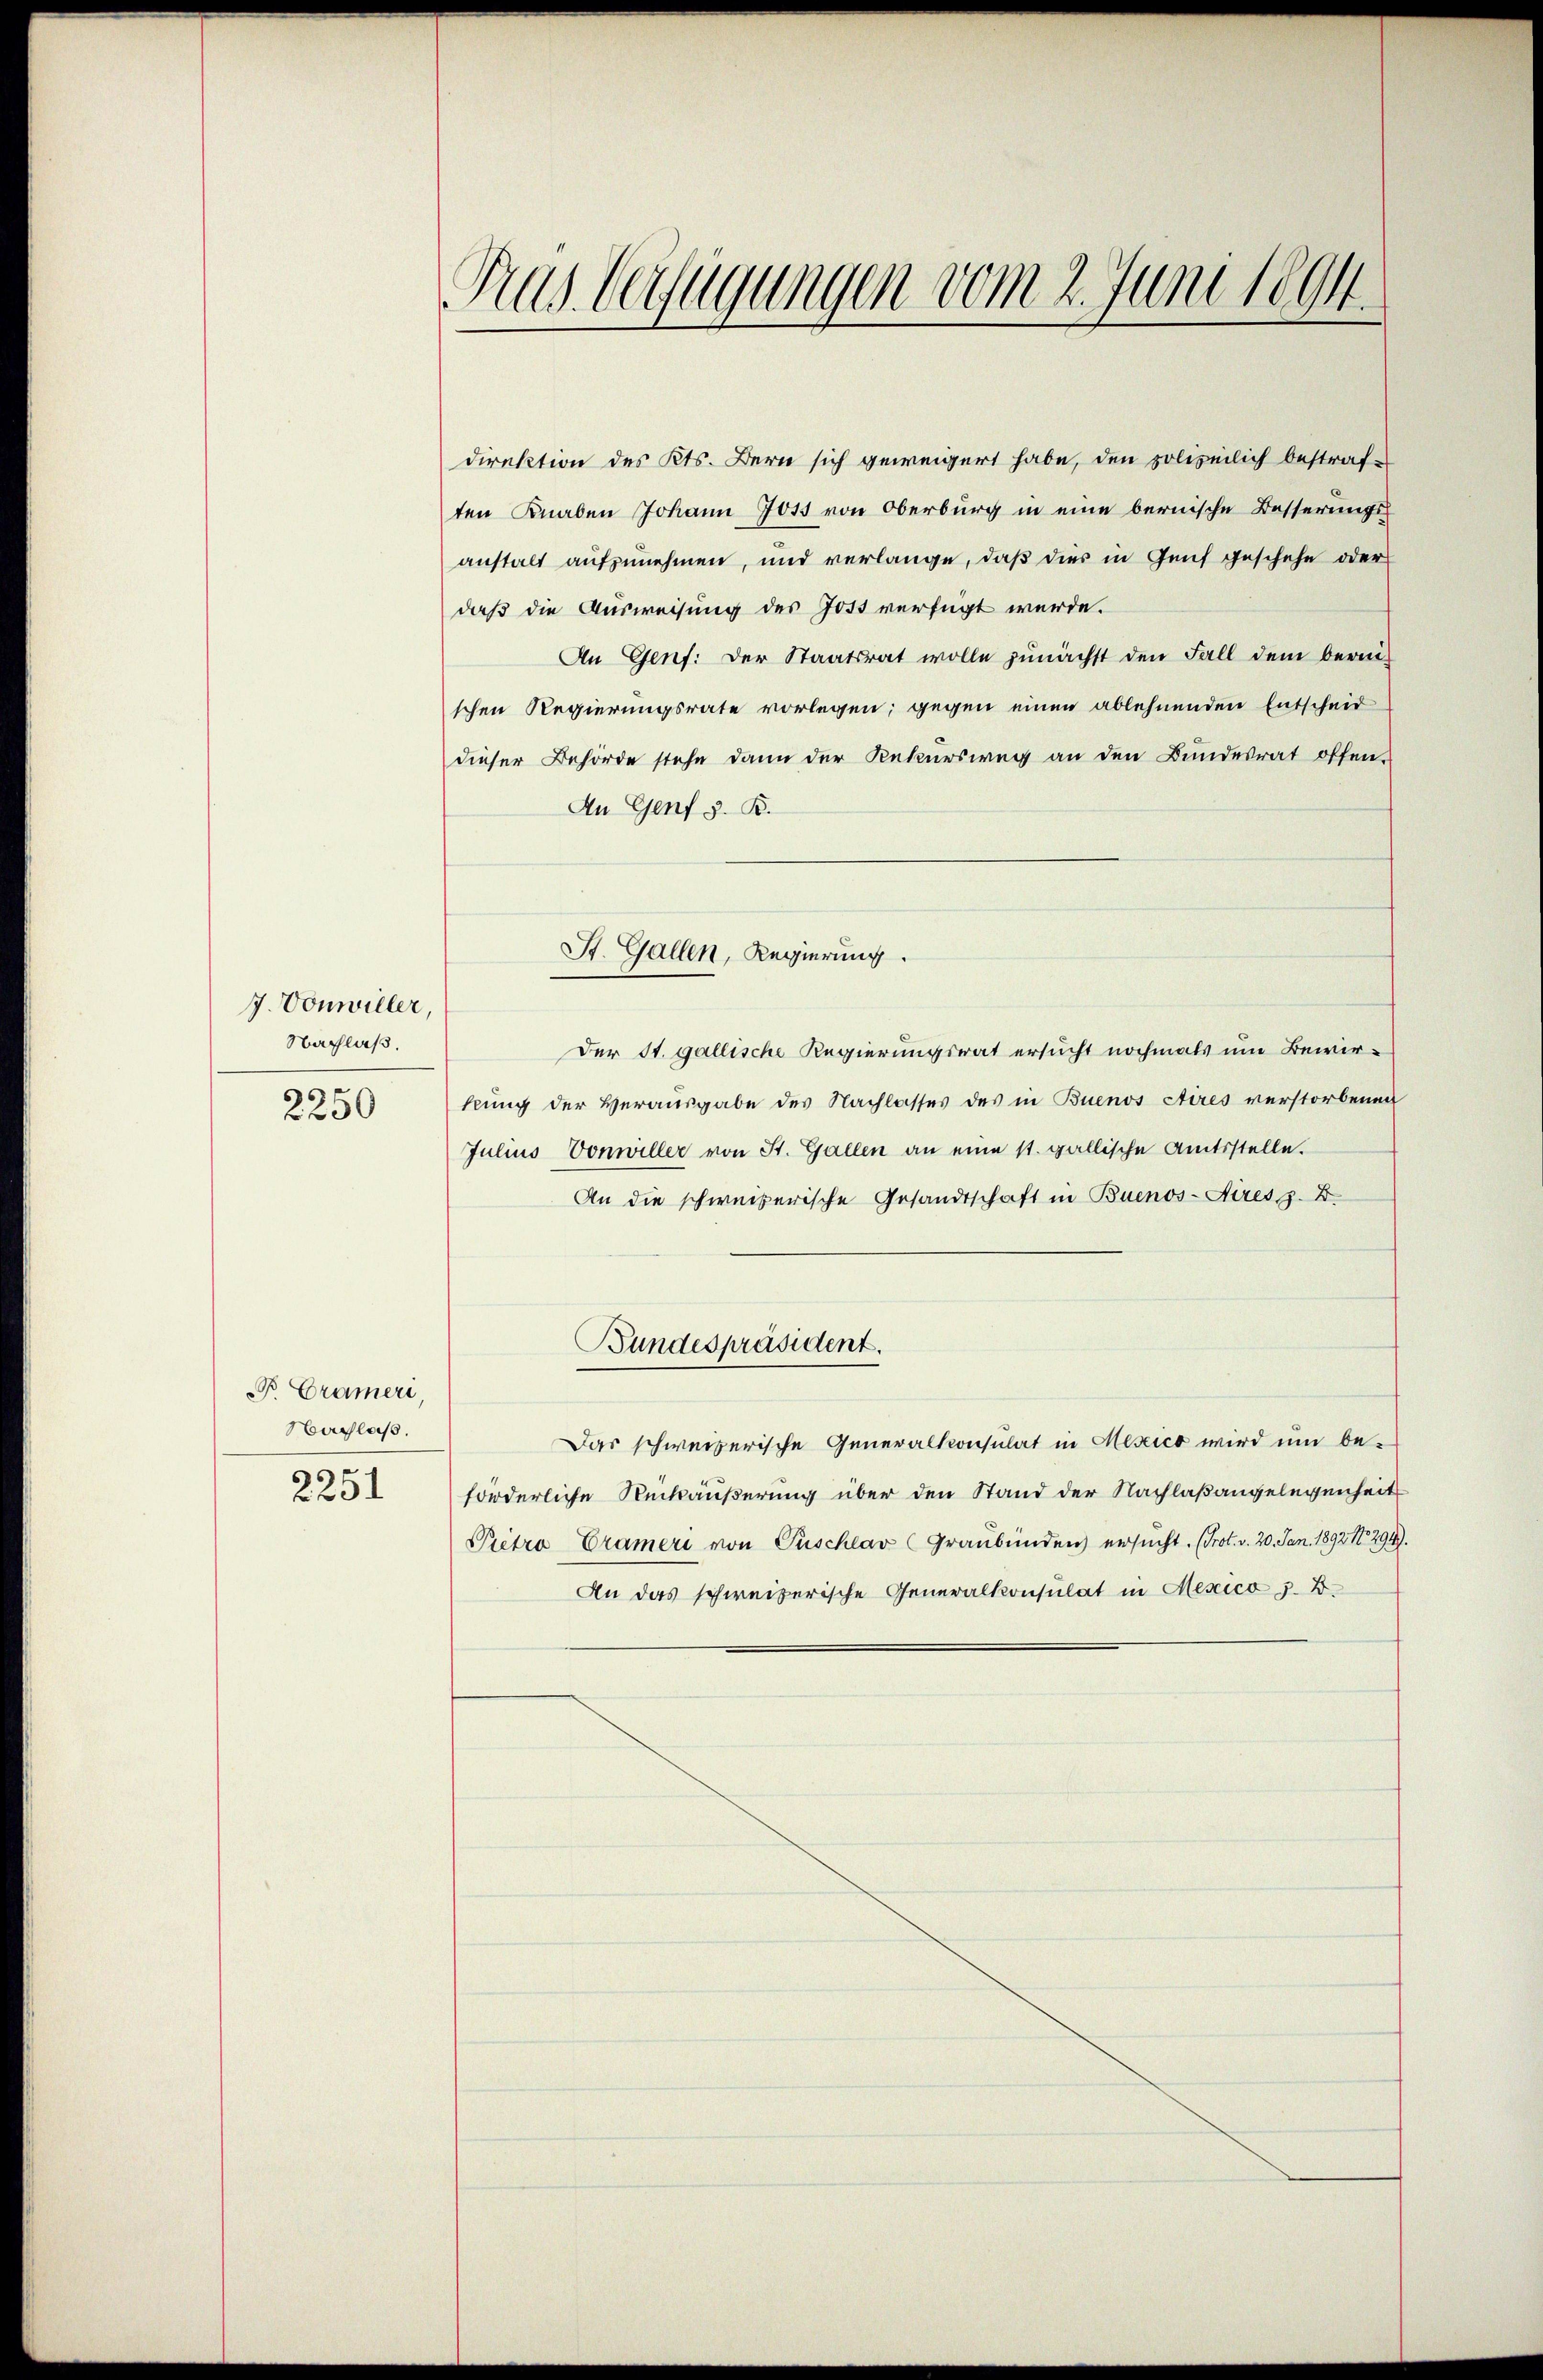
7. Vonwiller,
Nachlaß.
2250

P. Crameri,
Nachlaß.
¬

2231

Kus Verfügungen vom 2. Juni 1894.

direktion des Kts. Bern sich geweigert habe, den solizeilich bestrafe
ten Knaben Johann J015 von Oberburg in eine bernische Besserungs-
anstalt aufzunehmen, und verlange, daß dies in Genf geschehe oder
daß die Ausweisung des Jost verfügt werde.
An Genf. der Staatsrat wolle zunächst den Fall dem bean-
schen Regierungsrate vorlegen; gegen einen ablehnenden Entscheid
dieser Behörde stehe dann der Rekursweg an den Bundesrat offen.
An Genf z. B.
Der St. gallische Regierungsrat ersucht nochmals um Bewirkung der Herausgabe des Nachlasses des in Buenos Aires verstorbenen
Julius, Vonwiller von St. Gallen an eine st. gallische Amtsstelle.
An die schweizerische Gesandtschaft in Buenos-Aires z. B.
Bundespräsident.
Das schweizerische Generalkonsulat in Mexico wird um beförderliche Rückäußerung über den Stand der Nachlaßangelegenheit
Pietro Crameri von Puschlav (Graubünden ersucht. (Prot. v. 20. Jan. 1892. 15294).
An das schweizerische Generalkonsulat in Mexico 5. B.

St. Gallen, Regierung.